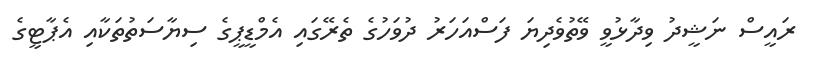
ރައީސް ނަޝީދު ވިދާޅުވީ ވޭތުވެދިޔަ ފަސްއަހަރު ދުވަހުގެ ތެރޭގައި އެމްޑީޕީގެ ސިޔާސަތުތަކާއި އެޕާޓީގެ